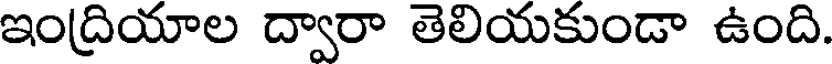
ఇంద్రియాల ద్వారా తెలియకుండా ఉంది.